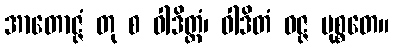
အာတောဇ္ဇံ တု စ ဝါဒိတ္တံ၊ ဝါဒိတံ ဝဇ္ဇ မုစ္စတေ။